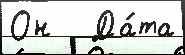
Он   Да́та